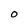
Character: O